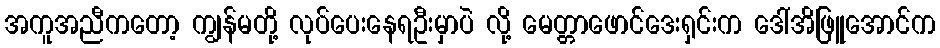
အကူအညီကတော့ ကျွန်မတို့ လုပ်ပေးနေရဦးမှာပဲ လို့ မေတ္တာဖောင်ဒေးရှင်းက ဒေါ်အိဖြူအောင်က